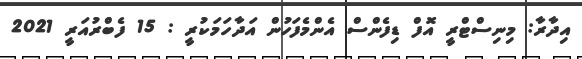
އިދާރާ: މިނިސްޓްރީ އޮފް ޑިފެންސް އެންމެފަހުން އަދާހަމަކުރީ : 15 ފެބްރުއަރީ 2021